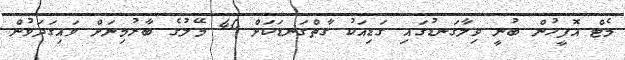
މެޓް އޮފީހުން ބުނީ ވިލާގަނޑުގައި ގަޑިއަކު ގާތްގަނޑަކަށް 40 މޭލުގެ ބާރުމިނަށް ވައިގަދަވުން